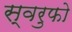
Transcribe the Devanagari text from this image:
स्वरुफो